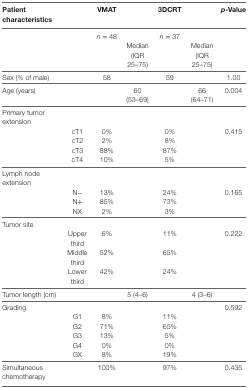
| Patient characteristics |  | VMAT |  | 3DCRT |  | p-Value |
 | --- | --- | --- | --- | --- | --- | --- |
 |  |  | n = 48 |  | n = 37 |  |  |
 |  |  |  | Median (IQR 25–75) |  | Median (IQR 25–75) |  |
 | Sex (% of male) |  | 58 |  | 59 |  | 1.00 |
 | Age (years) |  |  | 60 (53–69) |  | 66 (64–71) | 0.004 |
 | Primary tumor extension |  |  |  |  |  |  |
 |  | cT1 | 0% |  | 0% |  | 0.415 |
 |  | cT2 | 2% |  | 8% |  |  |
 |  | cT3 | 88% |  | 87% |  |  |
 |  | cT4 | 10% |  | 5% |  |  |
 | Lymph node extension |  |  |  |  |  |  |
 |  | N− | 13% |  | 24% |  | 0.165 |
 |  | N+ | 85% |  | 73% |  |  |
 |  | NX | 2% |  | 3% |  |  |
 | Tumor site |  |  |  |  |  |  |
 |  | Upper third | 6% |  | 11% |  | 0.222 |
 |  | Middle third | 52% |  | 65% |  |  |
 |  | Lower third | 42% |  | 24% |  |  |
 | Tumor length (cm) |  |  | 5 (4–6) |  | 4 (3–6) |  |
 | Grading |  |  |  |  |  | 0.592 |
 |  | G1 | 8% |  | 11% |  |  |
 |  | G2 | 71% |  | 65% |  |  |
 |  | G3 | 13% |  | 5% |  |  |
 |  | G4 | 0% |  | 0% |  |  |
 |  | GX | 8% |  | 19% |  |  |
 | Simultaneous chemotherapy |  | 100% |  | 97% |  | 0.435 |